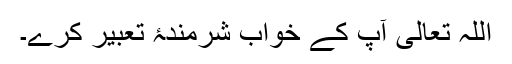
اللہ تعالیٰ آپ کے خواب شرمندۂ تعبیر کرے۔